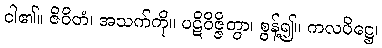
ငါ၏။ ဇိဝိတံ၊ အသက်ကို။ ပဋိဝိဇ္ဇိတွာ၊ စွန့်၍။ ကလပိဋ္ဌေ၊